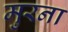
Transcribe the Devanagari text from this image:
मुरना